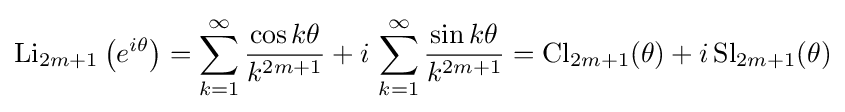
\operatorname {Li} _{2m+1}\left(e^{i\theta }\right)=\sum _{k=1}^{\infty }{\frac {\cos k\theta }{k^{2m+1}}}+i\,\sum _{k=1}^{\infty }{\frac {\sin k\theta }{k^{2m+1}}}=\operatorname {Cl} _{2m+1}(\theta )+i\operatorname {Sl} _{2m+1}(\theta )